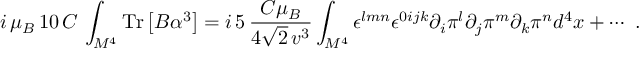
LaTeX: i \, \mu _ { B } \, 1 0 \, C \, \int _ { M ^ { 4 } } \mathrm { T r } \left[ B \alpha ^ { 3 } \right] = i \, 5 \, \frac { C \mu _ { B } } { 4 \sqrt { 2 } \, v ^ { 3 } } \int _ { M ^ { 4 } } \epsilon ^ { l m n } \epsilon ^ { 0 i j k } \partial _ { i } \pi ^ { l } \partial _ { j } \pi ^ { m } \partial _ { k } \pi ^ { n } d ^ { 4 } x + \cdots \ .